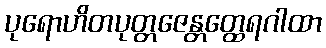
ပုရောဟိတပုတ္တဇေန္တတ္ထေရဂါထာ